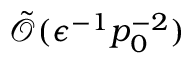
\tilde { \mathcal { O } } ( \epsilon ^ { - 1 } p _ { 0 } ^ { - 2 } )